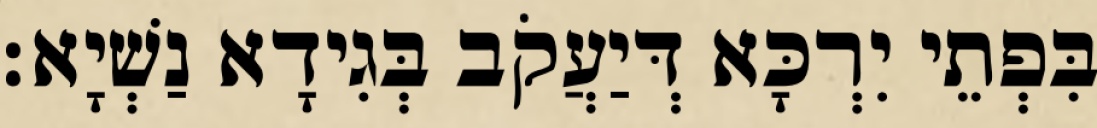
בִּפְתֵי יִרְכָּא דְּיַעֲקֹב בְּגִידָא נַשְׁיָא׃